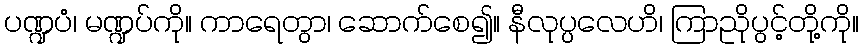
ပဏ္ဍပံ၊ မဏ္ဍပ်ကို။ ကာရေတွာ၊ ဆောက်စေ၍။ နီလုပ္ပလေဟိ၊ ကြာညိုပွင့်တို့ကို။